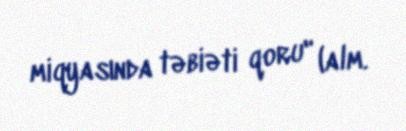
miqyasında təbiəti qoru" (alm.